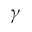
\gamma